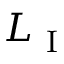
L _ { \mathrm { ~ I ~ } }